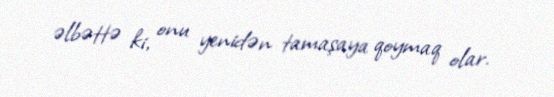
əlbəttə ki, onu yenidən tamaşaya qoymaq olar.